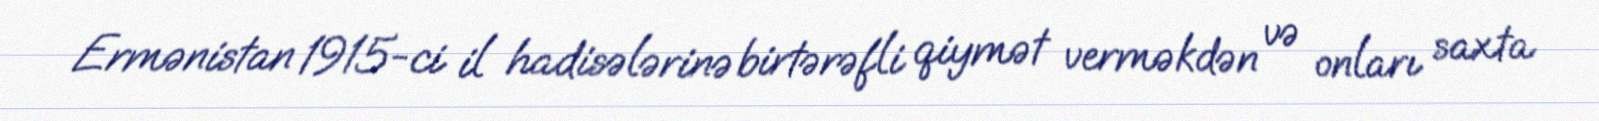
Ermənistan 1915-ci il hadisələrinə birtərəfli qiymət verməkdən və onları saxta